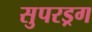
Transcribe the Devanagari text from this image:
सुपरड्रग